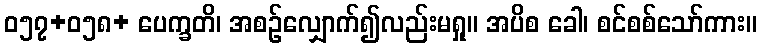
ဝ၅၇+၀၅၈+ ပေက္ခတိ၊ အစဉ်လျှောက်၍လည်းမရှု။ အပိစ ခေါ၊ စင်စစ်သော်ကား။